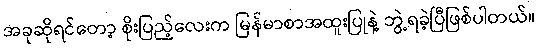
အခုဆိုရင်တော့ စိုးပြည့်လေးက မြန်မာစာအထူးပြုနဲ့ ဘွဲ့ရခဲ့ပြီဖြစ်ပါတယ်။